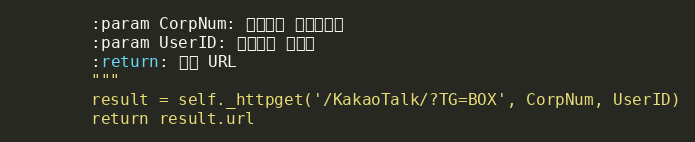
Language: Python
        :param CorpNum: 팝빌회원 사업자번호
        :param UserID: 팝빌회원 아이디
        :return: 팝빌 URL
        """
        result = self._httpget('/KakaoTalk/?TG=BOX', CorpNum, UserID)
        return result.url